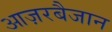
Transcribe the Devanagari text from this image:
आज़रबैजान